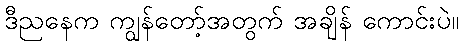
ဒီညနေက ကျွန်တော့်အတွက် အချိန် ကောင်းပဲ။